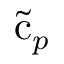
\tilde { \mathrm { c } } _ { p }